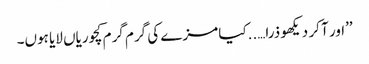
’’اور آ کر دیکھو ذرا…..کیا مزے کی گرم گرم کچوریاں لایا ہوں۔